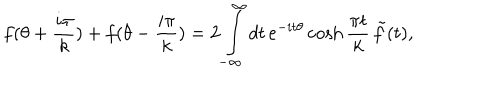
f ( \theta + \frac { i \pi } { k } ) + f ( \theta - \frac { i \pi } { k } ) = 2 \int _ { - \infty } ^ { \infty } d t \, e ^ { - i t \theta } \cosh \frac { \pi t } { k } \, \tilde { f } ( t ) ,